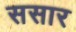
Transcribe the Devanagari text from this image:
ससार